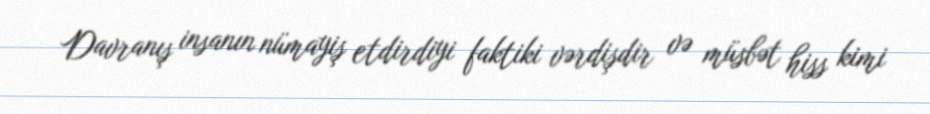
Davranış insanın nümayiş etdirdiyi faktiki vərdişdir və müsbət hiss kimi